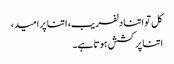
کل تو اتنا دلفریب، اتنا پر امید،
اتنا پر کشش ہوتا ہے۔